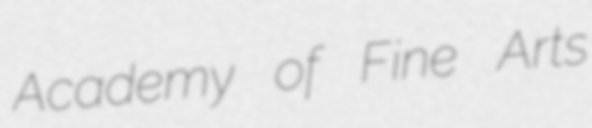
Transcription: Academy of Fine Arts